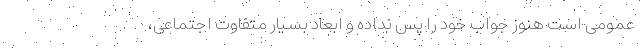
عمومی است هنوز جواب خود را پس نداده و ابعاد بسیار متفاوت اجتماعی،